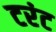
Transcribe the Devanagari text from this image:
टरंट